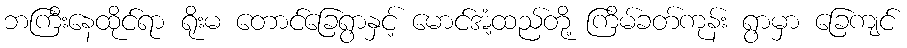
ဘကြီးနေထိုင်ရာ ရိုးမ တောင်ခြေရွာနှင့် မောင်အံ့ထည်တို့ ကြိမ်ခတ်ကုန်း ရွာမှာ ခြေကျင်